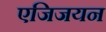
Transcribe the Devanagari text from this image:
एजिजयन